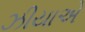
ઝીયાએ